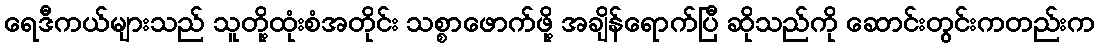
ရေဒီကယ်များသည် သူတို့ထုံးစံအတိုင်း သစ္စာဖောက်ဖို့ အချိန်ရောက်ပြီ ဆိုသည်ကို ဆောင်းတွင်းကတည်းက